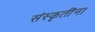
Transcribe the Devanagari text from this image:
संस्कृतींना